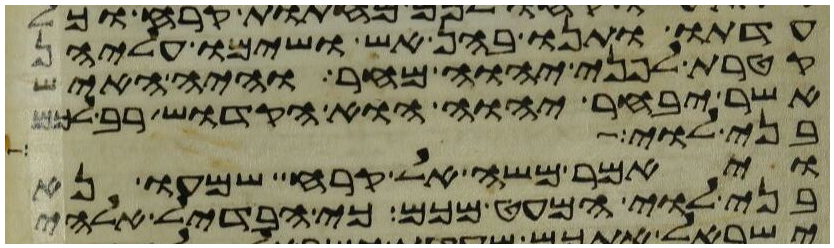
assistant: עדתו ותנו בהן אש ושימו עליהן
קטרת לפני יהוה מחר והיה האיש
אשר יבחר יהוה הוא הקדוש רב לכם
בני לוי
ויאמר משה אל קרח שמעו נא
בני לוי המעט מכם כי הבדיל אלהי